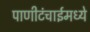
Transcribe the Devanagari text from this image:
पाणीटंचाईमध्ये